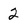
Character: 2